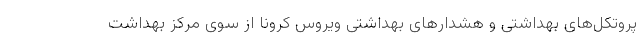
پروتکل‌های بهداشتی و هشدارهای بهداشتی ویروس کرونا از سوی مرکز بهداشت